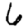
Digit: 6